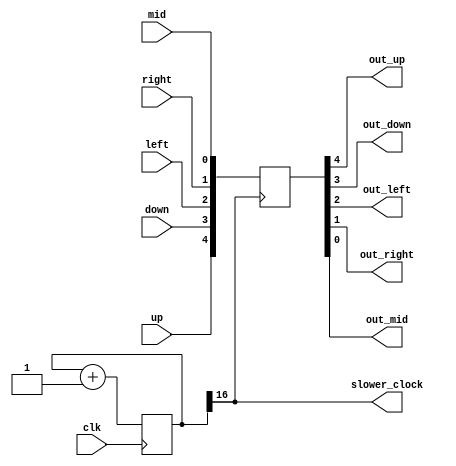
`timescale 1ns / 1ps
//////////////////////////////////////////////////////////////////////////////////
// Company: 
// Engineer: 
// 
// Design Name: 
// Module Name: shake_free
// Project Name: 
// Target Devices: 
// Tool Versions: 
// Description: 
// 
// Dependencies: 
// 
// Revision:
// Revision 0.01 - File Created
// Additional Comments:
// 
//////////////////////////////////////////////////////////////////////////////////


module shake_free(
    input up,
    input down,
    input left,
    input right,
    input mid,
    output out_up,
    output out_down,
    output out_left,
    output out_right,
    output out_mid,
    input clk,
    output slower_clock
    );
    reg [16:0] cnt = 0;
    reg [4:0] q1 = 5'b0_0000;
    always@(posedge clk)
    begin
    cnt <= cnt+1;
    end
    assign slower_clock = cnt[16];
    
    always@(posedge slower_clock)
    begin
    q1<={up,down,left,right,mid};
    end
    assign {out_up,out_down,out_left,out_right,out_mid} = q1;
endmodule